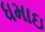
ધમાઇ